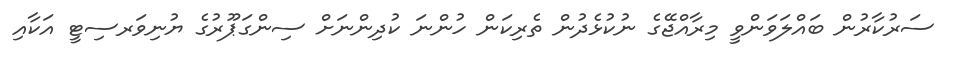
ސަރުކާރުން ބައްލަވަންވީ މިރާއްޖޭގެ ނުކުޅެދުން ތެރިކަން ހުންނަ ކުދިންނަށް ސިންގަޕޫރުގެ ޔުނިވަރސިޓީ އަކާއި